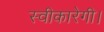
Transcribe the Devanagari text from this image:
स्वीकारेगी।